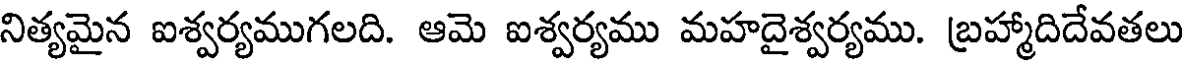
నిత్యమైన ఐశ్వర్యముగలది. ఆమె ఐశ్వర్యము మహదైశ్వర్యము. బ్రహ్మాదిదేవతలు